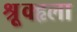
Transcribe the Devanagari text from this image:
श्रूृृक्हृला